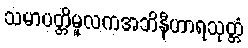
သမာပတ္တိမူလကအဘိနီဟာရသုတ္တံ